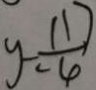
y - \frac { 1 1 } { - 4 } )